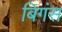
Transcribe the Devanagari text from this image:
बिगंस